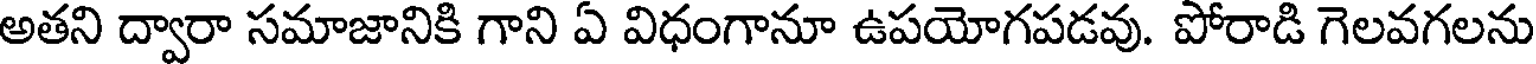
అతని ద్వారా సమాజానికి గాని ఏ విధంగానూ ఉపయోగపడవు. పోరాడి గెలవగలను